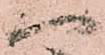
以